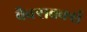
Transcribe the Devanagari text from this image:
वैक्सवर्क्स